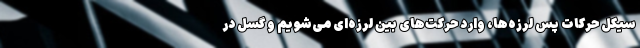
سیکل حرکات پس لرزه‌ها، وارد حرکت‌های بین لرزه‌ای می‌شویم و گسل در